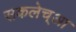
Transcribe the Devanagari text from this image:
सकलेच्आ